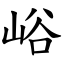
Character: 峪